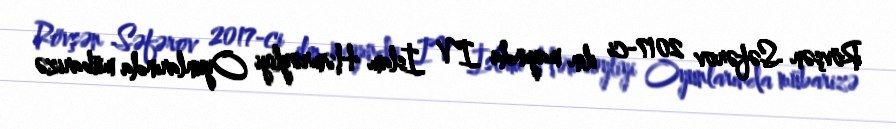
Rövşən Səfərov 2017-ci ilin mayında IV İslam Həmrəyliyi Oyunlarında mübarizə